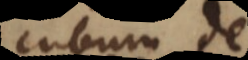
cubum de